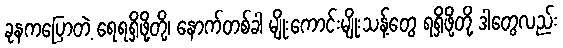
ခုနကပြောတဲ့ ရေရရှိဖို့တို့၊ နောက်တစ်ခါ မျိုးကောင်းမျိုးသန့်တွေ ရရှိဖို့တို့ ဒါတွေလည်း